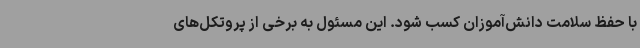
با حفظ سلامت دانش‌آموزان کسب شود. این مسئول به برخی از پروتکل‌های